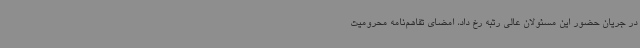
در جریان حضور این مسئولان عالی رتبه رخ داد، امضای تفاهم‌نامه محرومیت